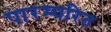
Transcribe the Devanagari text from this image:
पारम्परित